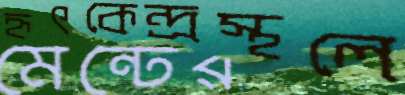
হৃৎকেন্দ্রস্থলে